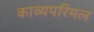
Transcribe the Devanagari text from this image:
काव्यपरिमल